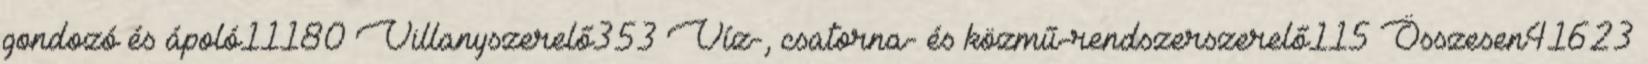
gondozó és ápoló11180 Villanyszerelő353 Víz-, csatorna- és közmű-rendszerszerelő115 Összesen41623